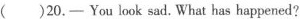
( )20.— You look sad. What has happened?